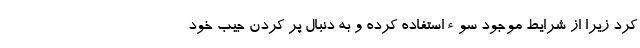
کرد زیرا از شرایط موجود سوءاستفاده کرده و به دنبال پر کردن جیب خود